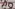
Text: D9